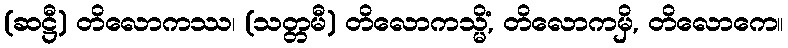
(ဆဋ္ဌီ) တိလောကဿ၊ (သတ္တမီ) တိလောကသ္မိံ, တိလောကမှိ, တိလောကေ။